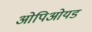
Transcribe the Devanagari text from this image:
ओपिओयड